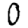
Digit: 0